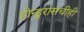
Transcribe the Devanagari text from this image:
होन्डुरासचीही